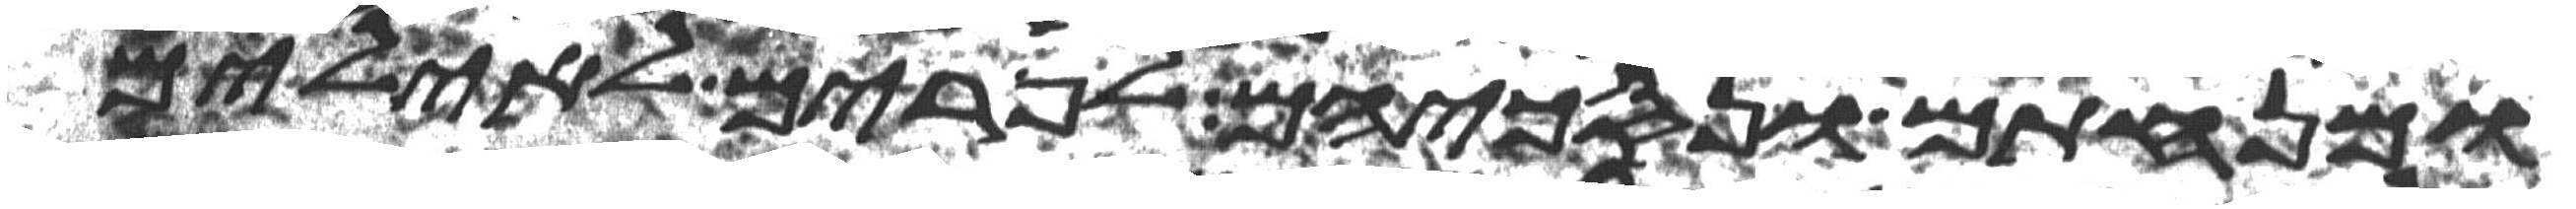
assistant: ומנחתם ונסכיהם לפרים לאילים